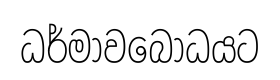
ධර්මාවබෝධයට